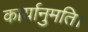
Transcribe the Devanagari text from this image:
कार्यानुमति।